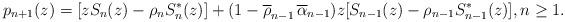
LaTeX: \begin{align*} p_{n+1}(z) = [zS_n(z) - \rho_n S_n^{\ast}(z)] + (1 - \overline{\rho}_{n-1}\,\overline{ \alpha}_{n-1}) z [S_{n-1}(z) - \rho_{n-1}S_{n-1}^{\ast}(z)], n\geq 1.\end{align*}